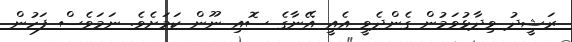
ރަޝީދު ވިދާޅުވަމުން ގެންދެވީ އެއީ އޭނާގެ ސޮއި ނޫން ކަމަށެވެ. ނަަމަވެސް ފަހުން